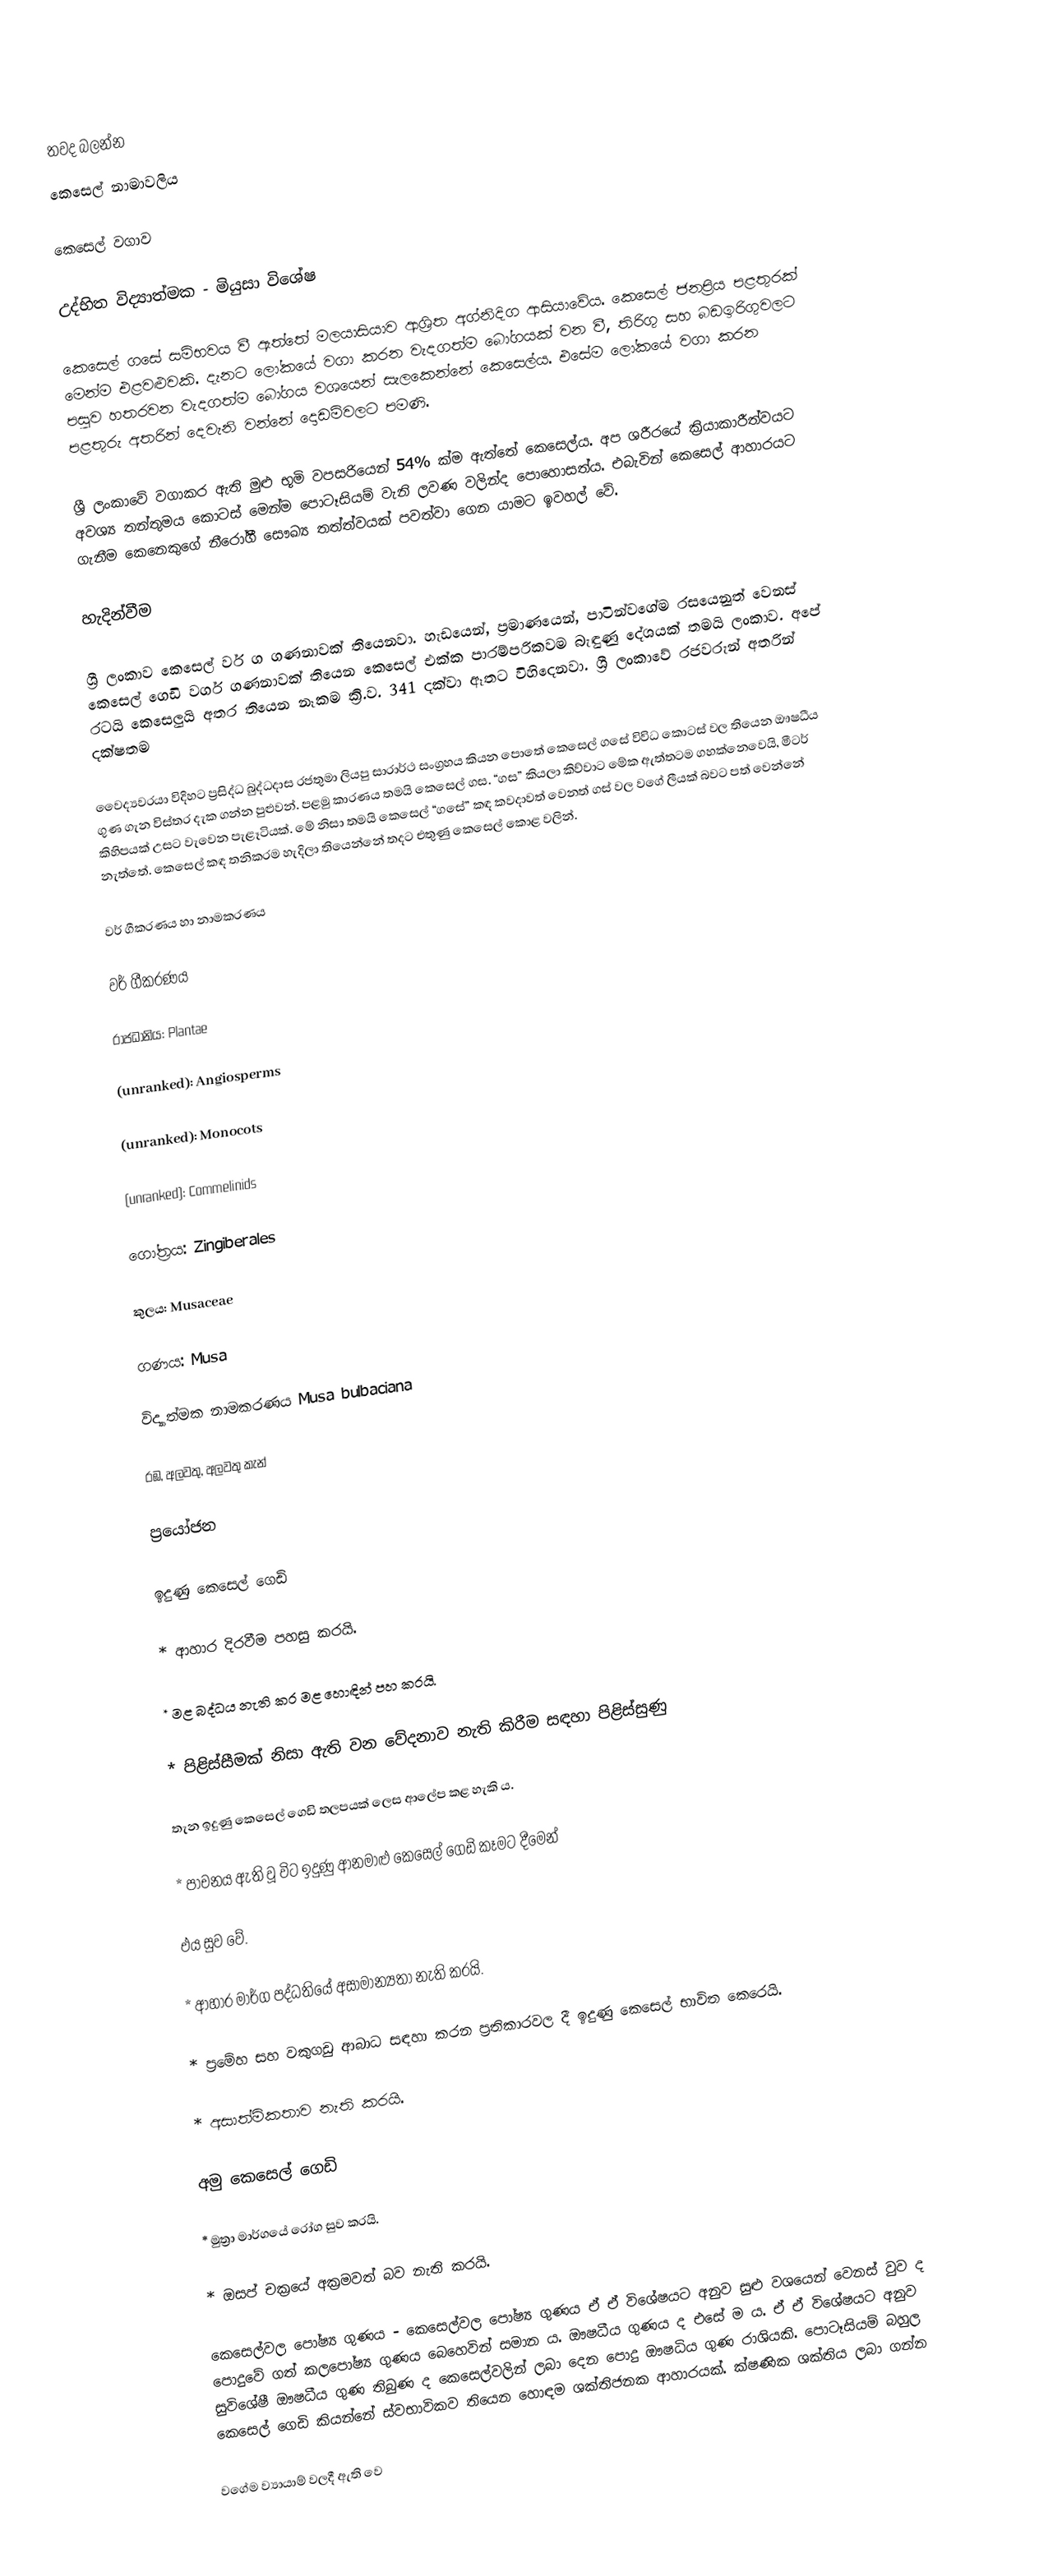

තවද බලන්න
කෙසෙල් නාමාවලිය

කෙසෙල් වගාව

උද්භිත විද්‍යාත්මක - මියුසා විශේෂ

කෙසෙල් ගසේ සම්භවය වී ඇත්තේ මලයාසියාව ආශ්‍රිත අග්නිදිග ආසියාවේය. කෙසෙල් ජනප්‍රිය පළතුරක් මෙන්ම එළවළුවකි. දැනට ලෝකයේ වගා කරන වැදගත්ම බෝගයක් වන වී, තිරිගු සහ බඩඉරිගුවලට පසුව හතරවන වැදගත්ම බෝගය වශයෙන් සැලකෙන්නේ කෙසෙල්ය. එසේම ලෝකයේ වගා කරන පළතුරු අතරින් දෙවැනි වන්නේ දොඩම්වලට පමණි.

ශ්‍රී ලංකාවේ වගාකර ඇති මුළු භූමි වපසරියෙන් 54% ක්ම ඇත්තේ කෙසෙල්ය. අප ශරීරයේ ක්‍රියාකාරීත්වයට අවශ්‍ය තන්තුමය කොටස් මෙන්ම පොටෑසියම් වැනි ලවණ වලින්ද පොහොසත්ය. එබැවින් කෙසෙල් ආහාරයට ගැනීම කෙනෙකුගේ නීරෝගී සෞඛ්‍ය තත්ත්වයක් පවත්වා ගෙන යාමට ඉවහල් වේ.

හැදින්වීම

ශ්‍රී ලංකාව කෙසෙල් වර් ග ගණනාවක් තියෙනවා. හැඩයෙන්, ප්‍රමාණයෙන්, පාටින්වගේම රසයෙනුත් වෙනස් කෙසෙල් ගෙඩි වර්ග ගණනාවක් තියෙන කෙසෙල් එක්ක පාරම්පරිකවම බැඳුණු දේශයක් තමයි ලංකාව. අපේ රටයි කෙසෙලුයි අතර තියෙන නෑකම ක්‍රි.ව. 341 දක්වා ඈතට විහිදෙනවා. ශ්‍රී ලංකාවේ රජවරුන් අතරින් දක්ෂතම

වෛද්‍යවරයා විදිහට ප්‍රසිද්ධ බුද්ධදාස රජතුමා ලියපු සාරාර්ථ සංග්‍රහය කියන පොතේ කෙසෙල් ගසේ විවිධ කොටස් වල තියෙන ඖෂධීය ගුණ ගැන විස්තර දැක ගන්න පුළුවන්. පළමු කාරණය තමයි කෙසෙල් ගස. “ගස” කියලා කිව්වාට මේක ඇත්තටම ගහක්නෙවෙයි, මීටර් කිහිපයක් උසට වැවෙන පැළෑටියක්. මේ නිසා තමයි කෙසෙල් “ගසේ” කඳ කවදාවත් වෙනත් ගස් වල වගේ ලීයක් බවට පත් වෙන්නේ නැත්තේ. කෙසෙල් කඳ තනිකරම හැදිලා තියෙන්නේ තදට එතුණු කෙසෙල් කොළ වලින්.

වර් ගීකරණය හා නාමකරණය

වර් ගීකරණය

රාජධානිය: Plantae

(unranked): Angiosperms

(unranked): Monocots

(unranked): Commelinids

ගෝත්‍රය: Zingiberales

කුලය: Musaceae

ගණය: Musa

විද්‍යාත්මක නාමකරණය Musa bulbaciana

රඹ, අලවතු, අලවතු කැන්

ප්‍රයෝජන

ඉදුණු කෙසෙල් ගෙඩි

* ආහාර දිරවීම පහසු කරයි.

* මළ බද්ධය නැති කර මළ හොඳින් පහ කරයි.

* පිළිස්‌සීමක්‌ නිසා ඇති වන වේදනාව නැති කිරීම සඳහා පිළිස්‌සුණු

තැන ඉදුණු කෙසෙල් ගෙඩි තලපයක්‌ ලෙස ආලේප කළ හැකි ය.

* පාචනය ඇති වූ විට ඉදුණු ආනමාළු කෙසෙල් ගෙඩි කෑමට දීමෙන්

එය සුව වේ.

* ආහාර මාර්ග පද්ධතියේ අසාමාන්‍යතා නැති කරයි.

* ප්‍රමේහ සහ වකුගඩු ආබාධ සඳහා කරන ප්‍රතිකාරවල දී ඉදුණු කෙසෙල් භාවිත කෙරෙයි.

* අසාත්මිකතාව නැති කරයි.

අමු කෙසෙල් ගෙඩි

* මුත්‍රා මාර්ගයේ රෝග සුව කරයි.

* ඔසප් චක්‍රයේ අක්‍රමවත් බව නැති කරයි.

කෙසෙල්වල පෝෂ්‍ය ගුණය - කෙසෙල්වල පෝෂ්‍ය ගුණය ඒ ඒ විශේෂයට අනුව සුළු වශයෙන් වෙනස්‌ වුව ද පොදුවේ ගත් කලපෝෂ්‍ය ගුණය බෙහෙවින් සමාන ය. ඖෂධීය ගුණය ද එසේ ම ය. ඒ ඒ විශේෂයට අනුව සුවිශේෂී ඖෂධීය ගුණ තිබුණ ද කෙසෙල්වලින් ලබා දෙන පොදු ඖෂධිය ගුණ රාශියකි. පොටෑසියම් බහුල කෙසෙල් ගෙඩි කියන්නේ ස්වභාවිකව තියෙන හොඳම ශක්තිජනක ආහාරයක්. ක්ෂණික ශක්තිය ලබා ගන්න

වගේම ව්‍යායාම් වලදී ඇති වෙ